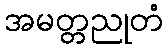
အမတ္တညုတံ